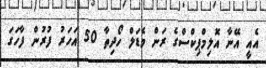
އެއީ އޭނާ އޮލިމްޕިކްސްގެ ރަން މެޑަލް ހޯދިތާ 50 އަހަރު ފުރުން ފާހަގަ